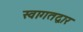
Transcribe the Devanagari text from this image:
स्वागतद्वार